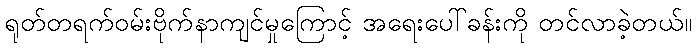
ရုတ်တရက်ဝမ်းဗိုက်နာကျင်မှုကြောင့် အရေးပေါ်ခန်းကို တင်လာခဲ့တယ်။